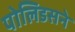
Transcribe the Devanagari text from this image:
पोलिडसने